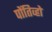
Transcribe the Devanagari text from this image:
पोंतिव्हो